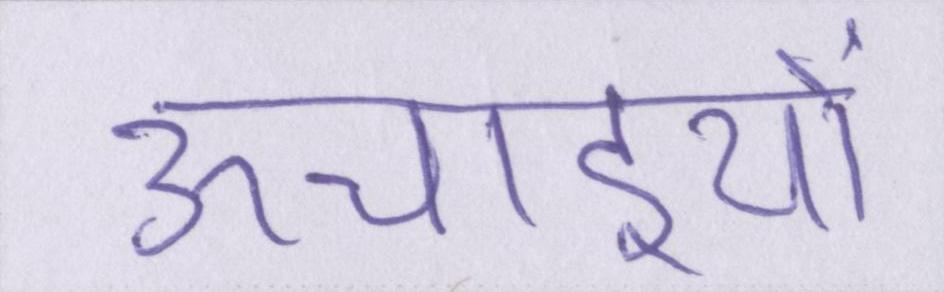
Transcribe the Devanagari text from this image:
ऊचाइयों